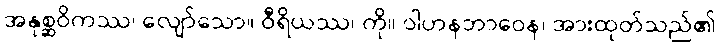
အနုစ္ဆဝိကဿ၊ လျော်သော။ ဝီရိယဿ၊ ကို။ ဝါဟနဘာဝေန၊ အားထုတ်သည်၏